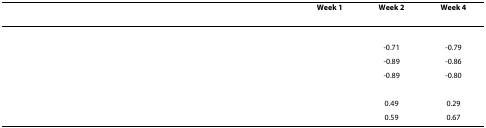
<table><thead><tr><td>[EMPTY_CELL]</td><td><b>Week 1</b></td><td><b>Week 2</b></td><td><b>Week 4</b></td></tr></thead><tbody><tr><td>[EMPTY_CELL]</td><td>[EMPTY_CELL]</td><td>[EMPTY_CELL]</td><td>[EMPTY_CELL]</td></tr><tr><td>[EMPTY_CELL]</td><td>[EMPTY_CELL]</td><td>-0.71</td><td>-0.79</td></tr><tr><td>[EMPTY_CELL]</td><td>[EMPTY_CELL]</td><td>-0.89</td><td>-0.86</td></tr><tr><td>[EMPTY_CELL]</td><td>[EMPTY_CELL]</td><td>-0.89</td><td>-0.80</td></tr><tr><td>[EMPTY_CELL]</td><td>[EMPTY_CELL]</td><td>[EMPTY_CELL]</td><td>[EMPTY_CELL]</td></tr><tr><td>[EMPTY_CELL]</td><td>[EMPTY_CELL]</td><td>0.49</td><td>0.29</td></tr><tr><td>[EMPTY_CELL]</td><td>[EMPTY_CELL]</td><td>0.59</td><td>0.67</td></tr></tbody></table>